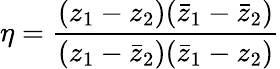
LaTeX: \eta=\frac{(z_{1}-z_{2})(\bar{z}_{1}-\bar{z}_{2})}{(z_{1}-\bar{z}_{2})(\bar{z}_{1}-z_{2})}